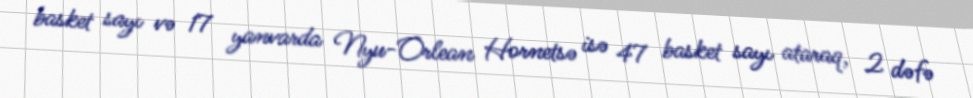
basket sayı və 17 yanvarda Nyu-Orlean Hornetsə isə 47 basket sayı ataraq, 2 dəfə